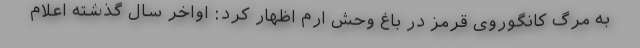
به مرگ کانگوروی قرمز در باغ‌ وحش ارم اظهار کرد: اواخر سال گذشته اعلام